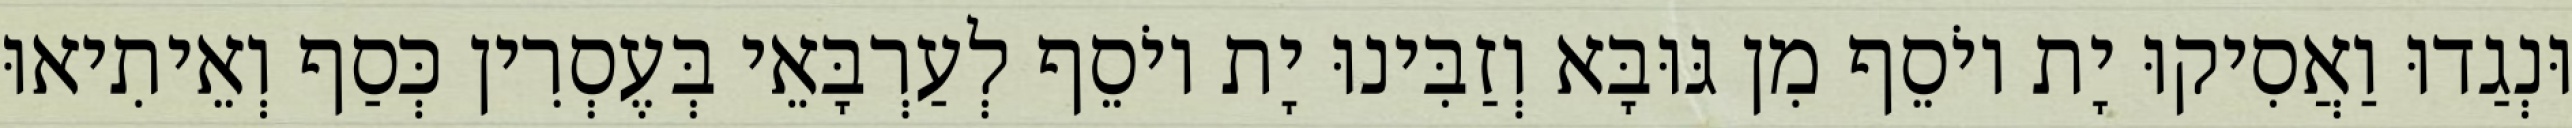
וּנְגַדוּ וַאֲסִיקוּ יָת יוֹסֵף מִן גּוּבָּא וְזַבִּינוּ יָת יוֹסֵף לְעַרְבָּאֵי בְּעֶסְרִין כְּסַף וְאֵיתִיאוּ